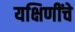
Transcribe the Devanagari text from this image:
यक्षिणींचे